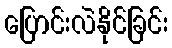
ပြောင်းလဲနိုင်ခြင်း